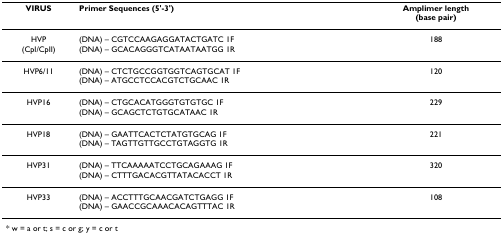
| VIRUS | Primer Sequences (5'-3') | Amplimer length(base pair) |
 | --- | --- | --- |
 | HVP(CpI/CpII) | (DNA) – CGTCCAAGAGGATACTGATC 1F(DNA) – GCACAGGGTCATAATAATGG 1R | 188 |
 | HVP6/11 | (DNA) – CTCTGCCGGTGGTCAGTGCAT 1F(DNA) – ATGCCTCCACGTCTGCAAC 1R | 120 |
 | HVP16 | (DNA) – CTGCACATGGGTGTGTGC 1F(DNA) – GCAGCTCTGTGCATAAC 1R | 229 |
 | HVP18 | (DNA) – GAATTCACTCTATGTGCAG 1F(DNA) – TAGTTGTTGCCTGTAGGTG 1R | 221 |
 | HVP31 | (DNA) – TTCAAAAATCCTGCAGAAAG 1F(DNA) – CTTTGACACGTTATACACCT 1R | 320 |
 | HVP33 | (DNA) – ACCTTTGCAACGATCTGAGG 1F(DNA) – GAACCGCAAACACAGTTTAC 1R | 108 |